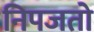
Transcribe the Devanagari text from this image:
निपजतो